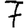
Digit: 7